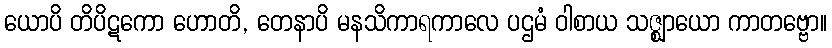
ယောပိ တိပိဋကော ဟောတိ, တေနာပိ မနသိကာရကာလေ ပဌမံ ဝါစာယ သဇ္ဈာယော ကာတဗ္ဗော။